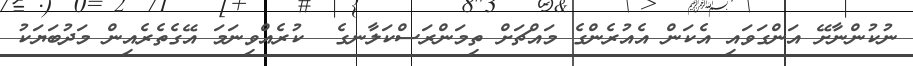
ނުކުންނާށޭ އަންގަވައި އެކަން އެއުރެންގެ މައްޗަށް ތިމަންރަސްކަލާނގެ  ކުރެއްވިނަމަ އޭގެތެރެއިން މަދުބަޔަކު